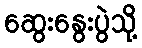
ဆွေးနွေးပွဲသို့